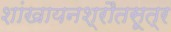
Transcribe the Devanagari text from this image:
शांखायनश्रौतसूत्र